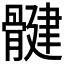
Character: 𫘳